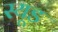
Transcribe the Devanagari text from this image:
स्यूड